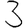
Digit: 3